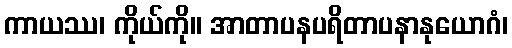
ကာယဿ၊ ကိုယ်ကို။ အာတာပနပရိတာပနာနုယောဂံ၊